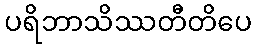
ပရိဘာသိဿတီတိပေ